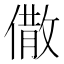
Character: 𠎭